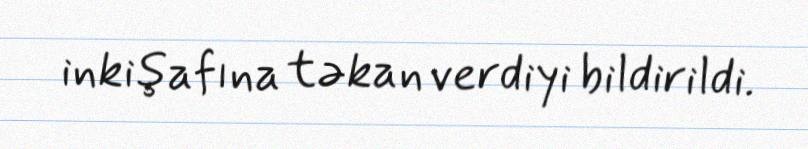
inkişafına təkan verdiyi bildirildi.